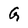
Character: G